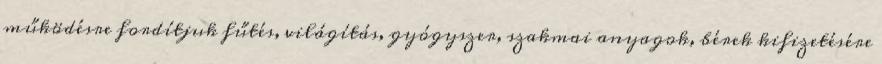
működésre fordítjuk fűtés, világítás, gyógyszer, szakmai anyagok, bérek kifizetésére